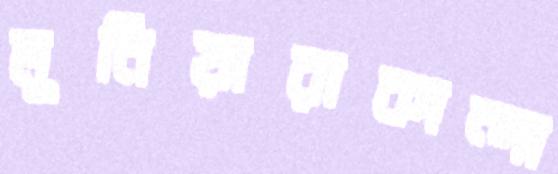
মুনিয়ারাকান্দা